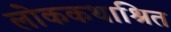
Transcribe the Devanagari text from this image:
लोककथाश्रित